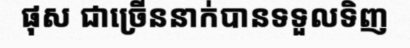
ផុស ជាច្រើននាក់បានទទួលទិញ